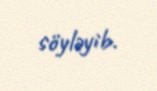
söyləyib.